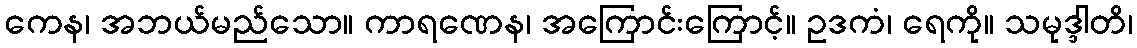
ကေန၊ အဘယ်မည်သော။ ကာရဏေန၊ အကြောင်းကြောင့်။ ဥဒကံ၊ ရေကို။ သမုဒ္ဒါတိ၊